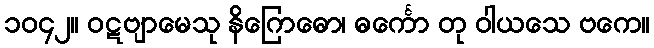
၁၀၄၂။ ဝဋဗျာမေသု နိဂြောဓော၊ ဓင်္ကော တု ဝါယသေ ဗကေ။